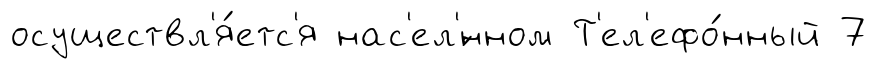
осуществл'я́етс'я нас'ел'́нном Т'ел'ефо́нный 7